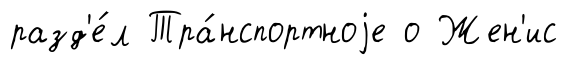
разд'е́л Тра́нспортноjе о Жен'ис